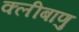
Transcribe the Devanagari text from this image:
क्लीबाणु